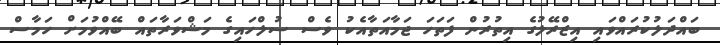
ބައްދަލުކުރައްވައި އިޒްރޭލުގެ އިތުރުން ފަތަހަ ޖަމާއަތާއެކު ވެސް ސުލްހައިގެ މަޝްވަރާތައް ބޭއްވުމަށް ހަމާސް